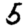
Digit: 5